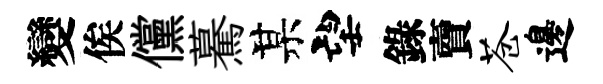
變俟儻驀某望錄𧶠苍邊